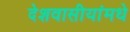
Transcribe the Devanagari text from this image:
देशवासीयांमधे